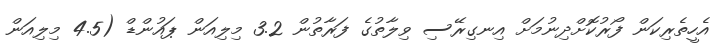
އެހީތެރިކަން ފޯރުކޮށްދިނުމަށް އިނގިރޭސި ވިލާތުގެ ފަރާތުން 3.2 މިލިއަން ޕައުންޑް (4.5 މިލިއަން